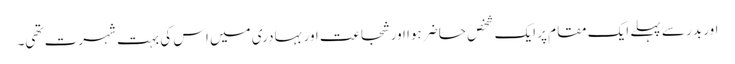
اور بدر سے پہلے ایک مقام پر ایک شخص حاضر ہوا اور شجاعت اور بہادری میں اس کی بہت شہرت تھی۔